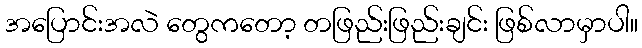
အပြောင်းအလဲ တွေကတော့ တဖြည်းဖြည်းချင်း ဖြစ်လာမှာပါ။